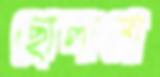
ছোলানো